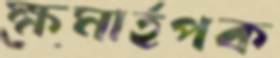
ক্ষমার্হপক